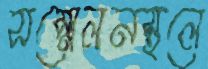
সম্মেলনস্থলে